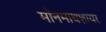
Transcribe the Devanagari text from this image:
मॉनमाथशायर